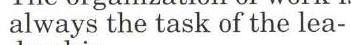
always the task of the lea-